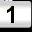
Digit: 1